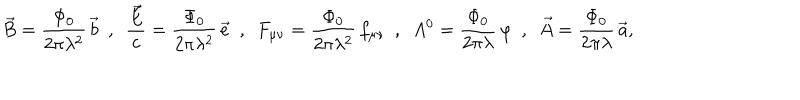
\vec { B } = \frac { \Phi _ { 0 } } { 2 \pi \lambda ^ { 2 } } \, \vec { b } \ \ , \ \ \frac { \vec { E } } { c } = \frac { \Phi _ { 0 } } { 2 \pi \lambda ^ { 2 } } \, \vec { e } \ \ , \ \ F _ { \mu \nu } = \frac { \Phi _ { 0 } } { 2 \pi \lambda ^ { 2 } } \, f _ { \mu \nu } \ \ , \ \ A ^ { 0 } = \frac { \Phi _ { 0 } } { 2 \pi \lambda } \, \varphi \ \ , \ \ \vec { A } = \frac { \Phi _ { 0 } } { 2 \pi \lambda } \, \vec { a } ,